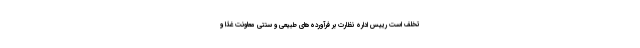
تخلف است رییس اداره نظارت بر فرآورده‌های طبیعی و سنتی معاونت غذا و